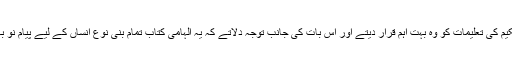
قرآن حکیم کی تعلیمات کو وہ بہت اہم قرار دیتے اور اس بات کی جانب توجہ دلاتے کہ یہ الہامی کتاب تمام بنی نوع انساں کے لیے پیام نو بہار ہے۔